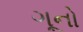
ગૂનો